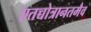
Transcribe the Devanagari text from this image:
एतच्चोत्रानतमैव